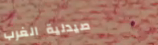
صيدلية الغرب